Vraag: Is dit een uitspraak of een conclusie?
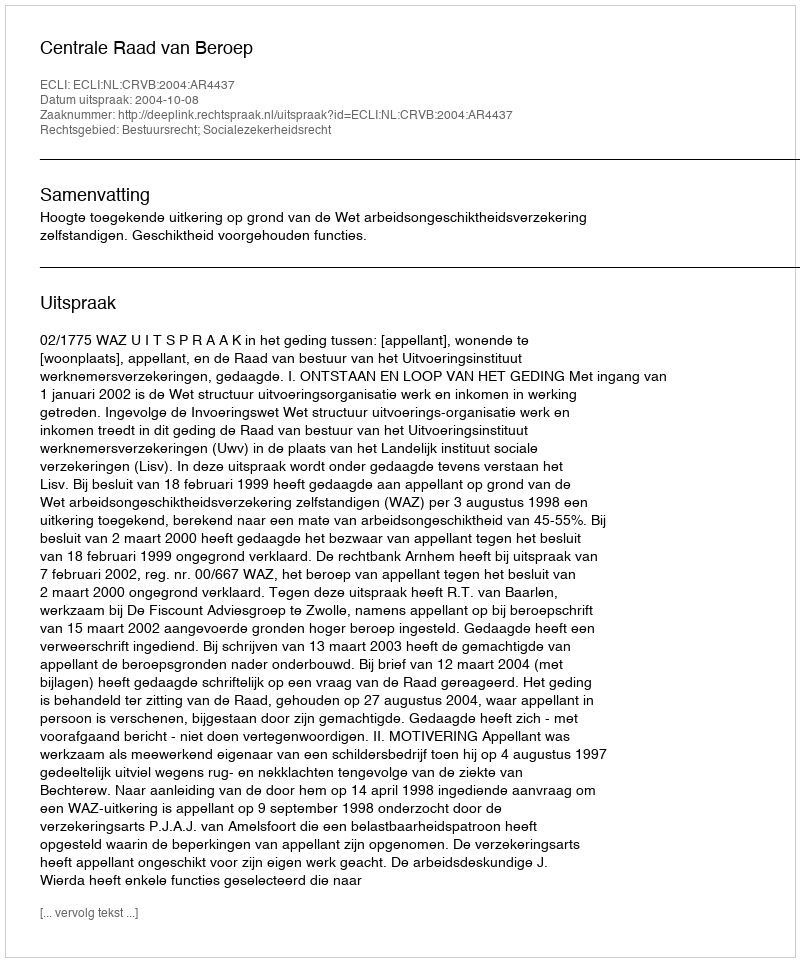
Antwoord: Uitspraak